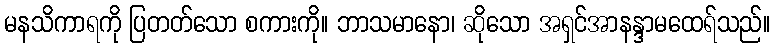
မနသိကာရကို ပြတတ်သော စကားကို။ ဘာသမာနော၊ ဆိုသော အရှင်အာနန္ဒာမထေရ်သည်။